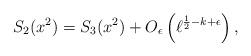
LaTeX: \begin{align*}S_2(x^2)= S_3(x^2) + O_{\epsilon}\left(\ell^{\frac{1}{2}-k+\epsilon} \right), \end{align*}